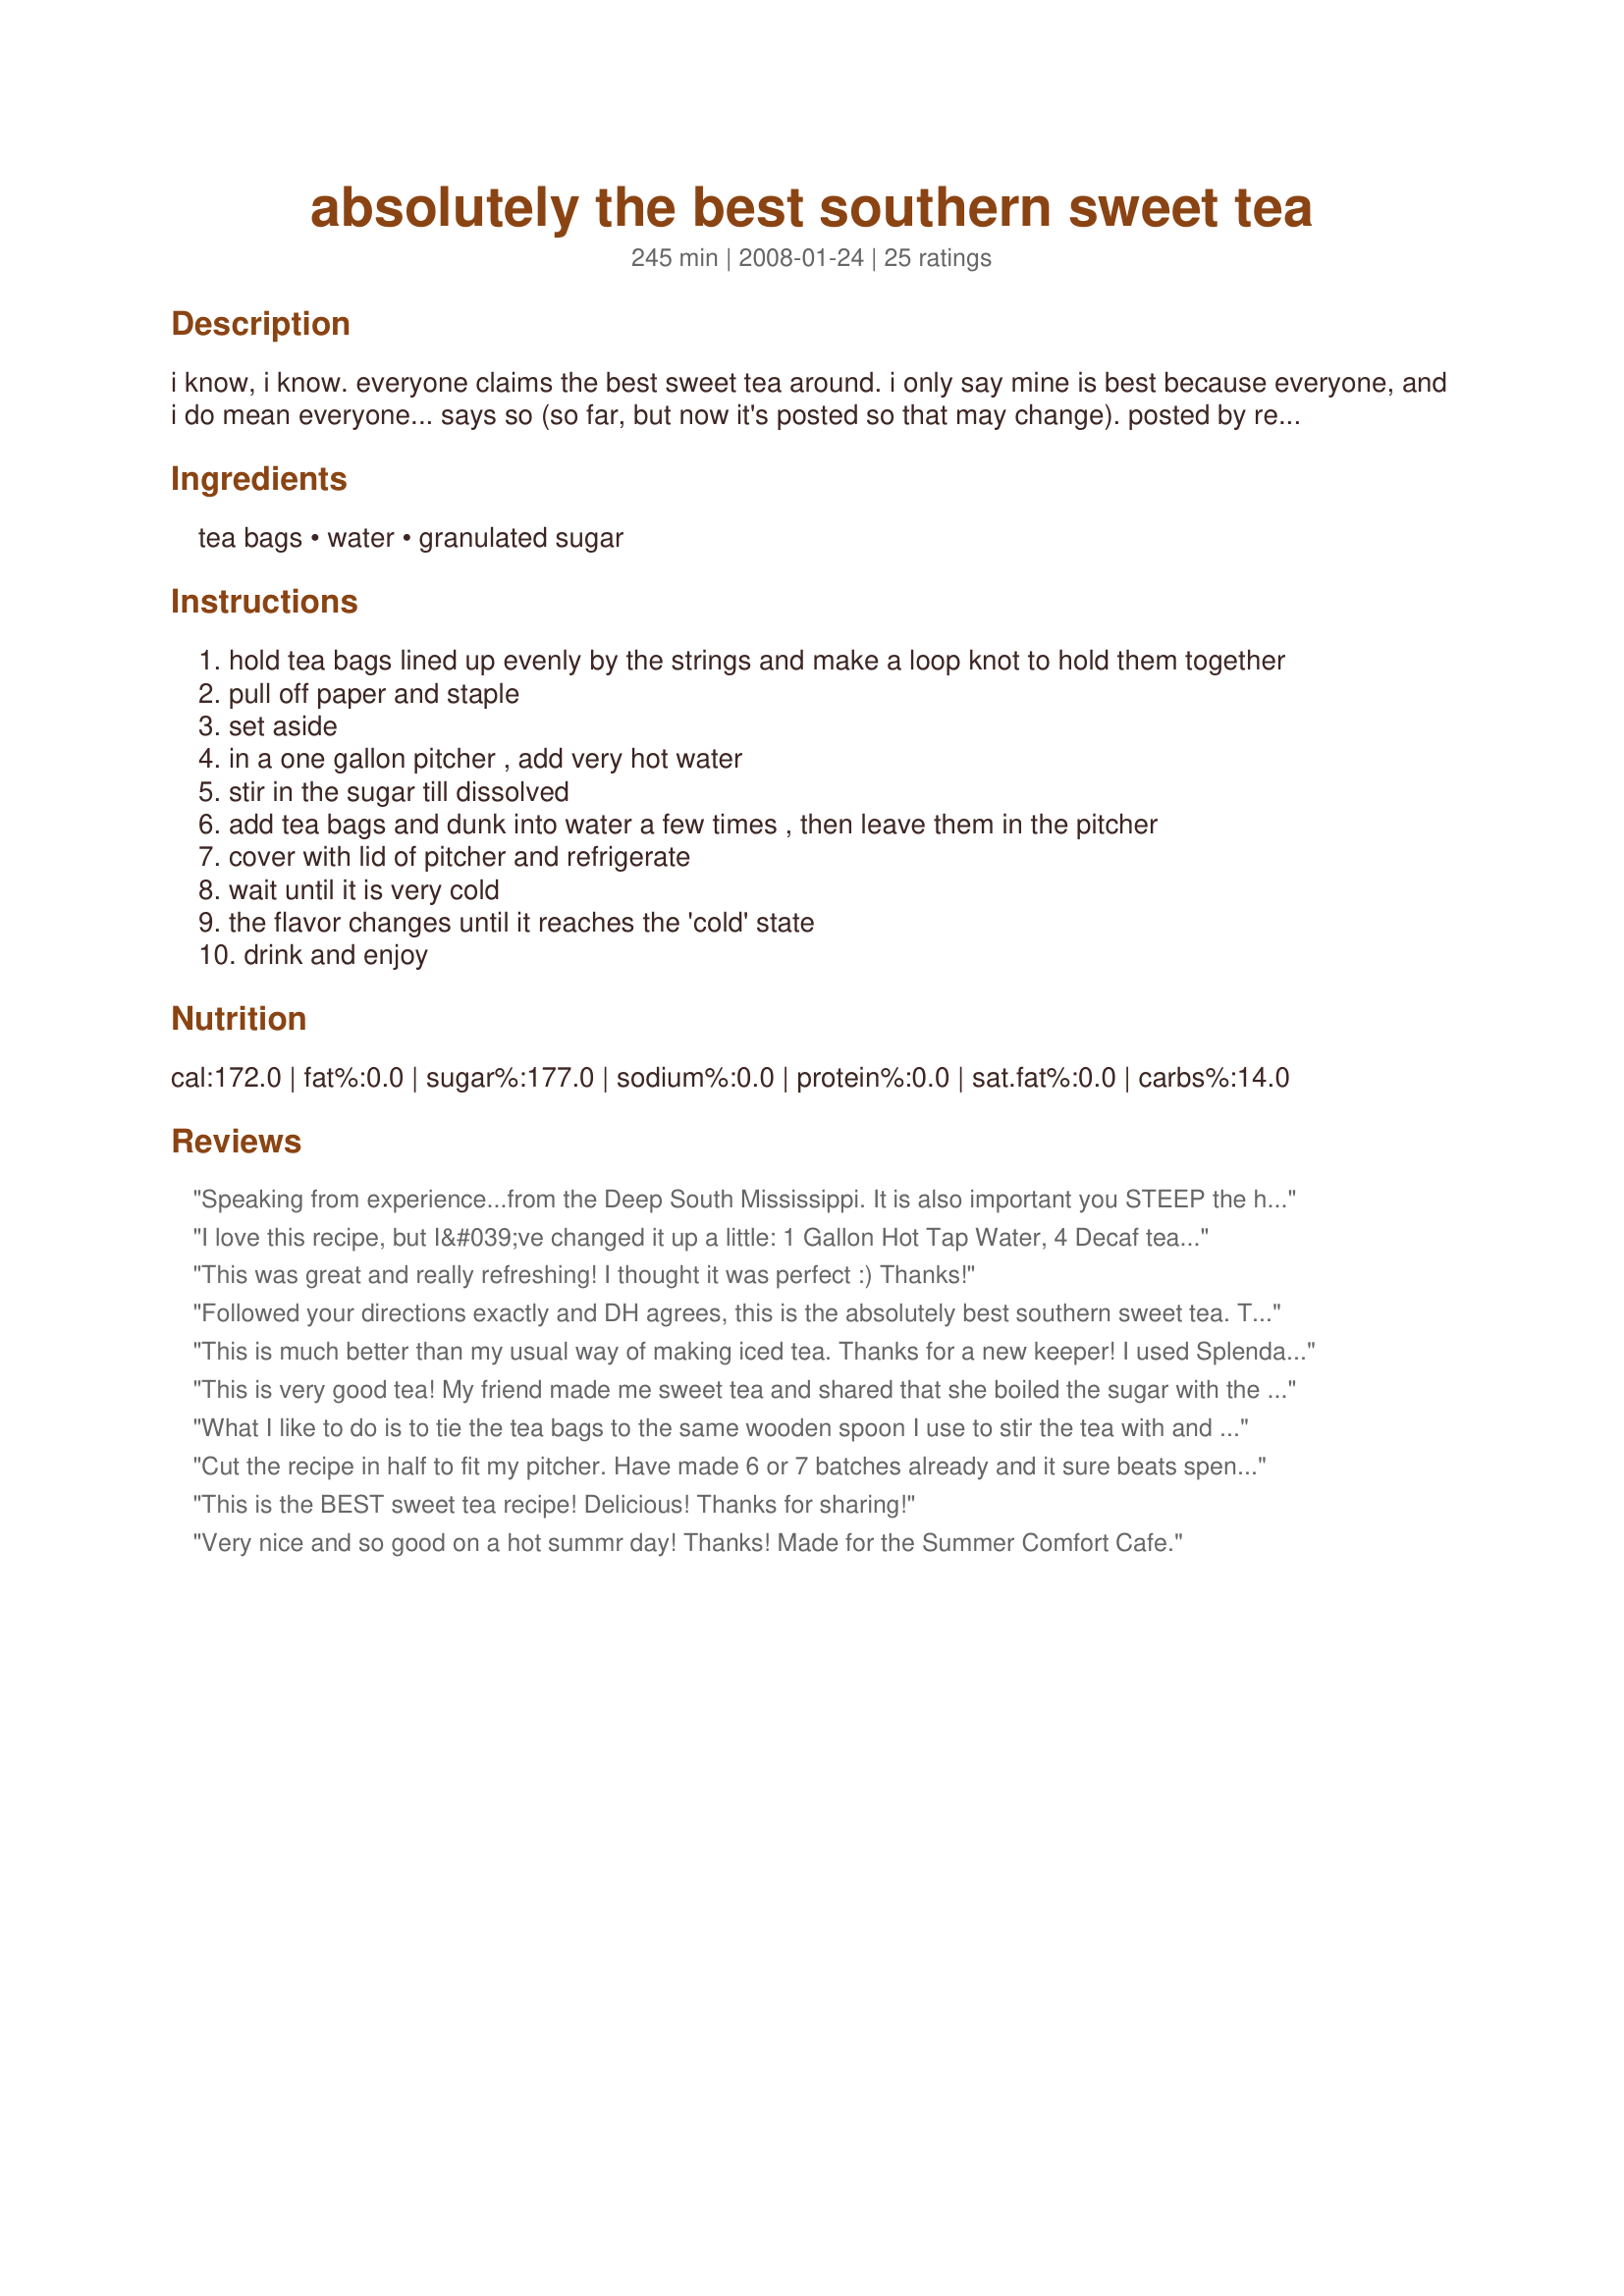
absolutely the best southern sweet tea
Preparation time: 245 minutes

i know, i know. everyone claims the best sweet tea around. i only say mine is best because everyone, and i do mean everyone... says so (so far, but now it's posted so that may change). posted by request. sometimes we will substitute two of the lipton tea bags for two green tea bags which gives this tea another wonderful flavor. some tea 'bag' history: tea 'bags' were originally created by manufacturers as 'samples' of their fine teas and given to the distributors to boost sales.

Ingredients:
tea bags, water, granulated sugar

Steps:
hold tea bags lined up evenly by the strings and make a loop knot to hold them together
pull off paper and staple
set aside
in a one gallon pitcher , add very hot water
stir in the sugar till dissolved
add tea bags and dunk into water a few times , then leave them in the pitcher
cover with lid of pitcher and refrigerate
wait until it is very cold
the flavor changes until it reaches the 'cold' state
drink and enjoy

Reviews:
Speaking from experience...from the Deep South Mississippi. It is also important you STEEP the hot tea bags in water before you put in the fridge. Sugar content is right on!! Of course the secret to good sweet tea is dissolving the sugar before refrigeration.
I love this recipe, but I&#039;ve changed it up a little: 1 Gallon Hot Tap Water, 4 Decaf tea bags, 4 Regular tea bags ( I prefer Lipton) and 1 1/2 Cups of Granulated Sugar. Let set on counter top for an hour, then refrigerate for 8-10 hrs. Remove tea bags and enjoy a heavenly glass of Southern Sweet Tea. I make 2 1/2 gallons every other day and there are just three of us. Two of us really drink the tea! That&#039;s how good it is. I&#039;m known in my circle for my super Southern Iced Tea!
This was great and really refreshing! I thought it was perfect :) Thanks!
Followed your directions exactly and DH agrees, this is the absolutely best southern sweet tea. Thanks!
This is much better than my usual way of making iced tea. Thanks for a new keeper! I used Splenda instead of sugar which worked just fine.
This is very good tea! My friend made me sweet tea and shared that she boiled the sugar with the tea bags - so I went searching for a recipe like that on the Zaar and lucked out to find it. :) Very nice on a hot summer day!
What I like to do is to tie the tea bags to the same wooden spoon I use to stir the tea with and use it to steep the tea before you put it in the fridge. Tea steeps easier in hot water and the trick is to stir the sugar in while the water is piping hot. Sugar content is spot on!
Cut the recipe in half to fit my pitcher. Have made 6 or 7 batches already and it sure beats spending the moolah on Arizona's Southern Sweet Tea....
This is the BEST sweet tea recipe! Delicious! Thanks for sharing!
Very nice and so good on a hot summr day! Thanks! Made for the Summer Comfort Cafe.
I forgot to get some sweet tea for the southern girl coming to Thanksgiving at our house so I decided to make some. Didn't have any cheap tea and only had 1/2 gal pitcher. Dissolved 2/3 cup sugar in some boiling water, added to superhot tap water to make 1/2 gal. Threw in 3 Earl Grey tea bags and let sit out about 15 minutes, then put in fridge for about 3 hours. Can't really review how it turned out - it was sweet and tea flavored, but I'm from Michigan!
Move over "Sun Tea" this is the BEST! Loved this! Just delicious, and brought me right back to my Southern roots! Thanks 2Bleu!
I'm loving sweet tea and this is really really good. I cut the sugar back to just 1 cup and it was just right. Thanks.
This was the best tea....e.v.e.r. I did this exactly as the recipe required ~ as a "Hot" day in the mid/April came upon us on the farm. We had the time of our life ~ we were hot, sweaty, and parched. This made such a great, great treat. I added a bit of fresh lemon to the top and we were all set. I grabbed this glass away so I could take a photo of it. Easy to put together, you should follow this exactly....and change nothing :D Made for *Spring Spectacular* 2008.
I love this recipe because you make it and are done. I usually let the tea stepp, then add the sugar, then refridgerate it but I have been wanting to simplify it because it takes so long! I left the tea bags in overnight- too long- so I won't be doing that again! This has a great taste!
Good recipe. NEVER use hot water from the tap. Bad advice. Always boil fresh cold water. Lots of impurities from your water heater.
Excellent southern Sweet Tea. I cut the recipe in half also to fit my picture. Followed the directions with the exception of replacing the sugar with splenda, adding a slice of lemon and it was perfect. Mine came out much darker than the photos already posted, but it was not too strong for us. Thanks for sharing. Made for SSC Pet Parade
I make a pitcher of this about every day. We love it! The only thing I do differently is put the tea bags (only) in my Bunn coffee pot and brew it through, then add to the picture with the sugar and cold water...PERFECTION!
Ok you're right - this is the best sweet tea! Easy, fresh and clear, and just the right amount of sweet - yum! Thanks for sharing your method!
You make yours similar to mine but I add a couple of cranberry tea bags and mint leaves..
For a great punch check out my veranda tea punch
Yep, this is how I make my sweet tea, too... and I'm not even from the south! AND, my friends that are from the south all say how much they like my tea because I "know how to make it right" LOL We make a lot and it doesn't last long around here, either!
EXCELLENT &quot;Georgia Style Southern SWEET TEA&quot;! &amp; I'm from Pittsburgh! (Georgia-Pittsburgh) Shout out to Josh Dobbs, Steelers NEW Quarterback from Tennessee Volunteers Home State=GEORGIA @Josh_Dobbs1 #bripto
Really delicious, especially on a 90 degree day! I had never made sweet tea before. My kids seem to love it (I made a decaf version).
I tried it yesterday and it is the best tea that I have ever made. I love tea but have never been able to get it to taste like the restaurants. This was very easy and satisfying. The family loved it. I made a gallon yesterday and there's only a cup or 2 left. Thanks much.
made this this afternoon for company. My husband does NOT drink tea. Coffee, by the pot, but not tea. I've never seen him drink it before. He got a wild hair and had 2 glasses. Said it was REALLY good. (He added equal packets-2--def not needed, but whatever...) I tried it and have to agree. Recipe is perfect and easy to follow. I love it! Will add to favorites.
